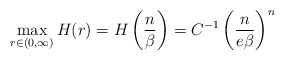
\begin{align*}\max_{r\in(0, \infty)}H(r)=H\left(\frac{n}{\beta}\right)=C^{-1}\left(\frac{n}{e\beta}\right)^n\end{align*}